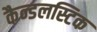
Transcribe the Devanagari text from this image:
कैन्डलस्टिक